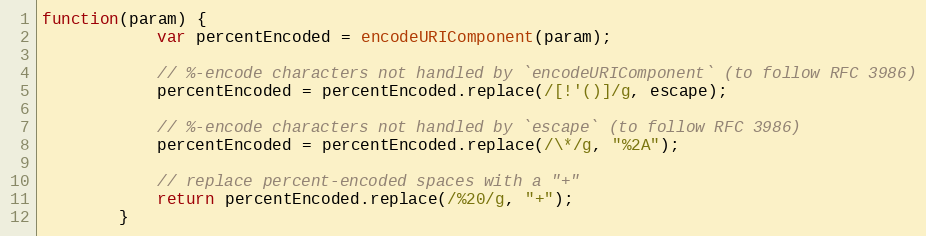
Language: JavaScript
function(param) {
            var percentEncoded = encodeURIComponent(param);

            // %-encode characters not handled by `encodeURIComponent` (to follow RFC 3986)
            percentEncoded = percentEncoded.replace(/[!'()]/g, escape);

            // %-encode characters not handled by `escape` (to follow RFC 3986)
            percentEncoded = percentEncoded.replace(/\*/g, "%2A");

            // replace percent-encoded spaces with a "+"
            return percentEncoded.replace(/%20/g, "+");
        }